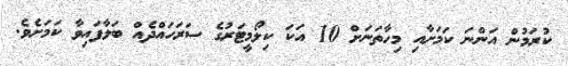
ކުރަމުން އަންނަ ކަމަށާއި މިހާތަނަށް 10 އަކަ ކިލޯމީޓަރުގެ ސަރަހައްދެއް ބަލާފައިވާ ކަމަށެވެ.